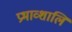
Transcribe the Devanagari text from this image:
प्रभाव्शालि